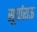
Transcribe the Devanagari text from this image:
सूर्याराऊ